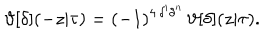
LaTeX: \vartheta [ \delta ] ( - z | \tau ) = ( - 1 ) ^ { 4 \, \delta ^ { \prime } \delta ^ { \prime \prime } } \, \vartheta [ \delta ] ( z | \tau ) .